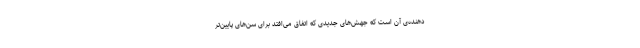
دهنده‌ی آن است که جهش‌های جدیدی که اتفاق می‌افتد برای سن‌های پایین‌تر